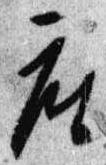
座